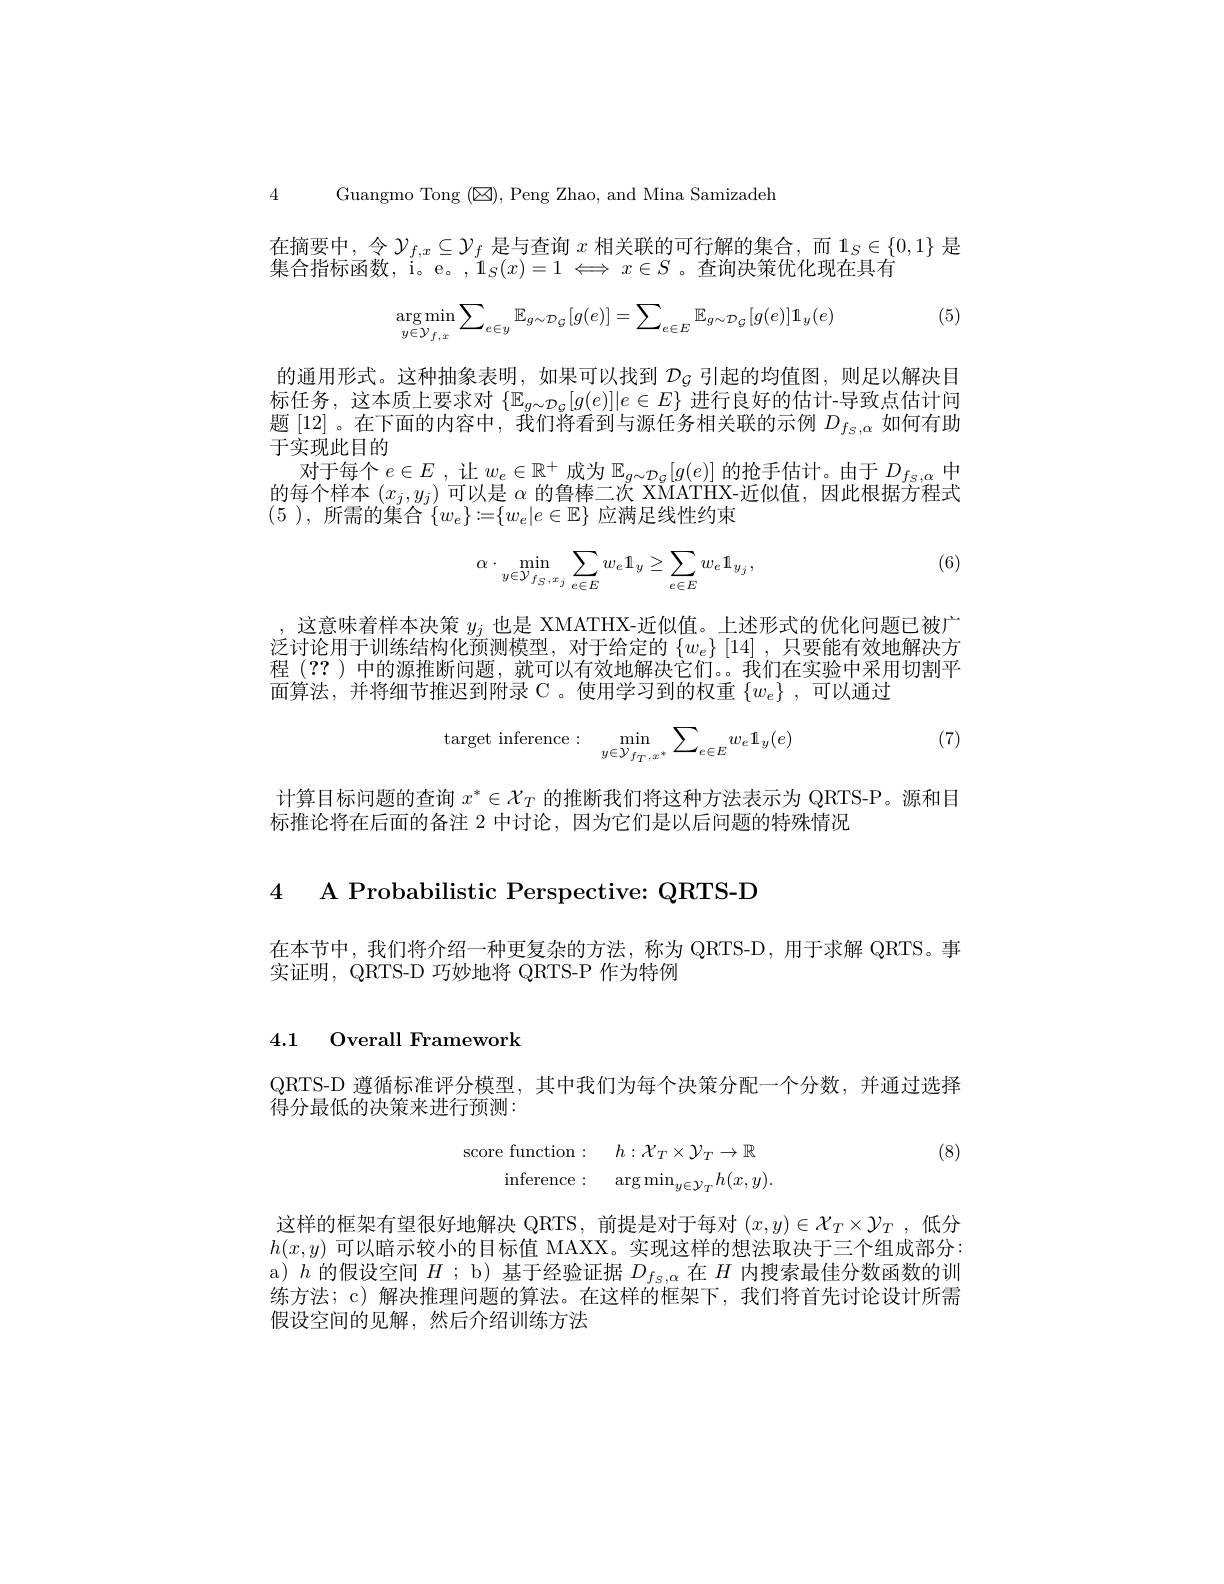
4 Guangmo Tong $(\boxtimes)$,Peng Zhao, and Mina Samizadeh

在摘要中，令$\mathcal{Y}_f,x\subseteq\mathcal{Y}_f$是与查询$x$相关联的可行解的集合，而$\mathbf{1}_S\in\{0,1\}$是
集合指标函数，i。e。, $1_S(x)=1\Longleftrightarrow x\in S$ 。查询决策优化现在具有
$$\underset{y\in\mathcal{Y}_{f,x}}{\arg\min}\sum_{e\in y}\mathbb{E}_{g\sim\mathcal{D}_{\mathcal{G}}}[g(e)]=\sum_{e\in E}\mathbb{E}_{g\sim\mathcal{D}_{\mathcal{G}}}[g(e)]\mathbb{1}_{y}(e)$$
(5)

的通用形式。这种抽象表明，如果可以找到$\mathcal{D}_G$引起的均值图，则足以解决目标任务，这本质上要求对$\{\mathbb{E}_{g\sim\mathcal{D}_G}[g(e)]|e\in E\}$进行良好的估计-导致点估计问题[12] 。在下面的内容中，我们将看到与源任务相关联的示例$D_f_\mathrm{s},\alpha$如何有助于实现此目的
对于每个$e\in E$ ,让$w_e\in\mathbb{R}^+$成为$\mathbb{E}_g\sim\mathcal{D}_G[g(e)]$的抢手估计。由于$D_f_s,\alpha$中的每个样本$(x_j,y_j)$可以是$\alpha$的鲁棒二次 XMATHX-近似值，因此根据方程式(5),所需的集合$\{w_e\}:=\{w_e|e\in\mathbb{E}\}$应满足线性约束

(6)
$$\alpha\cdot\min_{y\in\mathcal{Y}_{f_{S},x_{j}}}\sum_{e\in E}w_{e}\mathbb{1}_{y}\geq\sum_{e\in E}w_{e}\mathbb{1}_{y_{j}},$$
, 这意味着样本决策$y_j$也是 XMATHX-近似值。上述形式的优化问题已被广泛讨论用于训练结构化预测模型，对于给定的$\left\{w_e\right\}\left[14\right]$,只要能有效地解决方程 (??)中的源推断问题，就可以有效地解决它们。。我们在实验中采用切割平面算法，并将细节推迟到附录 C 。使用学习到的权重$\{w_e\}$ ,可以通过

(7)
$$\text{target inference:}\quad\min_{y\in\mathcal{Y}_{f_T,x^*}}\sum_{e\in E}w_e\mathbb{1}_y(e)$$
计算目标问题的查询$x^*\in\mathcal{X}_T$的推断我们将这种方法表示为 QRTS-P。源和目
标推论将在后面的备注 2 中讨论，因为它们是以后问题的特殊情况

4 A Probabilistic Perspective: QRTS-D

在本节中，我们将介绍一种更复杂的方法，称为 QRTS-D, 用于求解 QRTS。事
实证明，QRTS-D 巧妙地将 QRTS-P 作为特例

4.1 Overall Framework

QRTS-D 遵循标准评分模型，其中我们为每个决策分配一个分数，并通过选择
得分最低的决策来进行预测：

(8)
$$\begin{array}{rcl}\text{score function}:&\quad h:\mathcal{X}_T\times\mathcal{Y}_T\to\mathbb{R}\\\text{inference}:&\quad\arg\min_{y\in\mathcal{Y}_T}h(x,y).\end{array}$$
这样的框架有望很好地解决 QRTS, 前提是对于每对$(x,y)\in\mathcal{X}_T\times\mathcal{Y}_T$ ,低分$h(x,y)$可以暗示较小的目标值 MAXX。实现这样的想法取决于三个组成部分： a)$h$的假设空间$H$ ;b) 基于经验证据$D_{f_{s,\alpha}}$在$H$内搜索最佳分数函数的训练方法；c)解决推理问题的算法。在这样的框架下，我们将首先讨论设计所需假设空间的见解，然后介绍训练方法